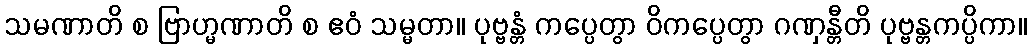
သမဏာတိ စ ဗြာဟ္မဏာတိ စ ဧဝံ သမ္မတာ။ ပုဗ္ဗန္တံ ကပ္ပေတွာ ဝိကပ္ပေတွာ ဂဏှန္တီတိ ပုဗ္ဗန္တကပ္ပိကာ။